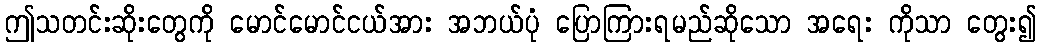
ဤသတင်းဆိုးတွေကို မောင်မောင်ငယ်အား အဘယ်ပုံ ပြောကြားရမည်ဆိုသော အရေး ကိုသာ တွေး၍